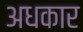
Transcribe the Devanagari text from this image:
अधकार